Lunatic asylums Central Provinces reports 1910-1926 - 1910-1926
Year: 1910
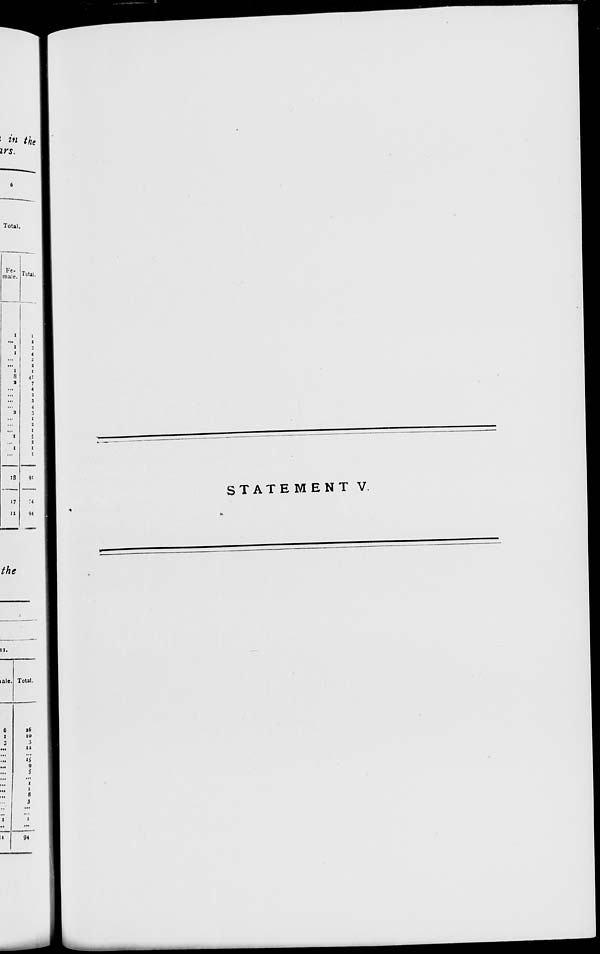
STATEMENT V